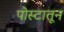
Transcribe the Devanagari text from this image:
पोस्टातून